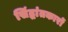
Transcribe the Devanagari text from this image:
सिंद्धांतकारों